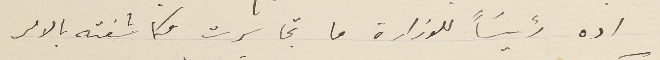
اده رئيسَاً للوزارة ما تجاسرت وكاشفته بالامر